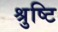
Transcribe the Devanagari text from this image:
श्रुष्टि